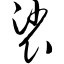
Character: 裟